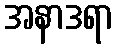
အနာဒရာ